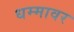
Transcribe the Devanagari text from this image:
धम्मावर